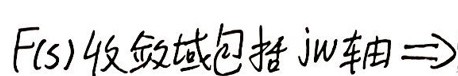
F(s)收敛域包括$j\omega$轴$\Rightarrow$